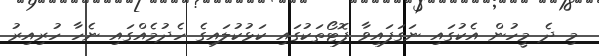
މި ދެ މީހުން އެކުގައި ނަގަފައިވާ ފޮޓޯތަކުގައި ކަޅުކުލައިގެ ހެދުމެއްގައި ނެހާ ހުރިއިރު